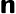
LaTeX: \boldsymbol{\mathsf{n}}